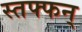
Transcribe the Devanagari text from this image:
स्तफ्फन्